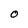
Character: 0